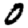
Digit: 0